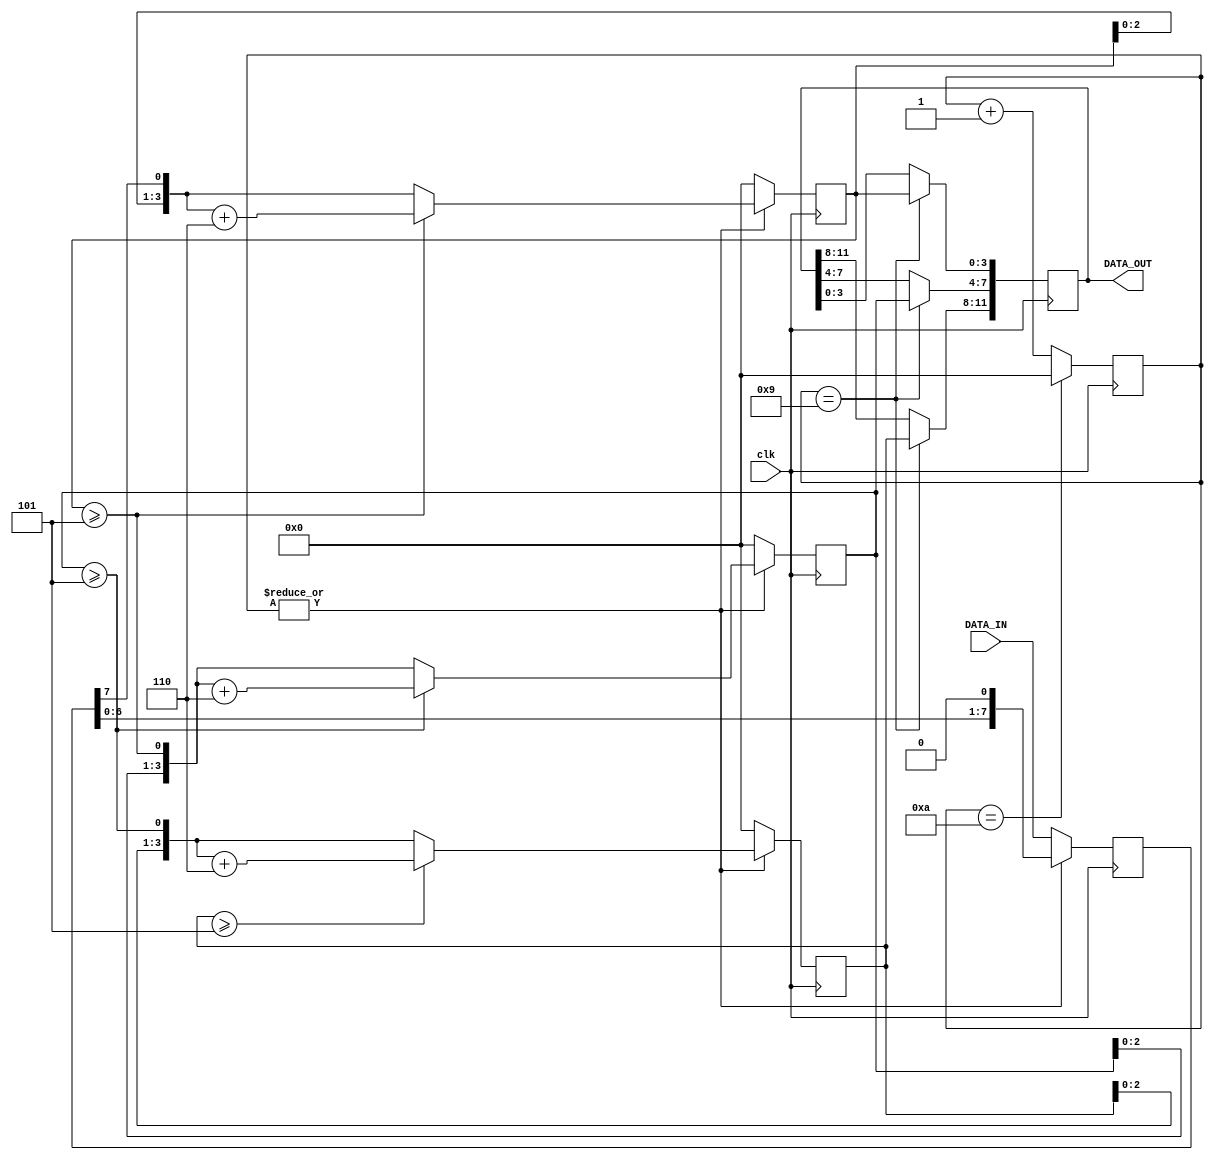
`timescale 1ns / 1ps
module BCD(clk,DATA_IN,DATA_OUT);

input              clk;
input    [7 :0]    DATA_IN;
output   [11:0]    DATA_OUT;
//++++++++++++++++++++++++++++++++++++++
//   BCD
//++++++++++++++++++++++++++++++++++++++
  reg [11:0] DATA_OUT;

  wire[2:0]  c_in;
  wire[2:0]  c_out;
  reg [3:0]  dec_sreg0;
  reg [3:0]  dec_sreg1;
  reg [3:0]  dec_sreg2;
  wire[3:0]  next_sreg0,next_sreg1,next_sreg2;
  
  reg [3:0]  bit_cnt;
  reg [7:0]  bin_sreg;
  
wire load=~|bit_cnt;//
wire convert_ready= (bit_cnt==4'h9);//
wire convert_end= (bit_cnt==4'ha);//
/********************************************************/
always @ (posedge clk)
begin
  if(convert_end) bit_cnt<=4'h0;
  else bit_cnt<=bit_cnt+4'h1; 
end
/*******************************************************/ 
always @ (posedge clk)
begin
  if(load) bin_sreg<=DATA_IN[7:0];
  else bin_sreg <={bin_sreg[6:0],1'b0};
end

assign c_in[0] =bin_sreg[7];
assign c_in[1] =(dec_sreg0>=5);
assign c_in[2] =(dec_sreg1>=5);

assign c_out[0]=c_in[1];
assign c_out[1]=c_in[2];
assign c_out[2]=(dec_sreg2>=5);

//
assign next_sreg0=c_out[0]? ({dec_sreg0[2:0],c_in[0]}+4'h6):({dec_sreg0[2:0],c_in[0]});
assign next_sreg1=c_out[1]? ({dec_sreg1[2:0],c_in[1]}+4'h6):({dec_sreg1[2:0],c_in[1]});
assign next_sreg2=c_out[2]? ({dec_sreg2[2:0],c_in[2]}+4'h6):({dec_sreg2[2:0],c_in[2]});


//
/********************************************************************/
always @ (posedge clk)
begin
  if(load) 
    begin 
      dec_sreg0<=4'h0;
      dec_sreg1<=4'h0;
      dec_sreg2<=4'h0;
    end     
  else  
    begin
      dec_sreg0<=next_sreg0;
      dec_sreg1<=next_sreg1;
      dec_sreg2<=next_sreg2;
    end
end

//
/*******************************************************************/

always @ (posedge clk)
begin
  if(convert_ready) 
    begin 
      DATA_OUT[3:0]<=dec_sreg0;
      DATA_OUT[7:4]<=dec_sreg1;
      DATA_OUT[11:8]<=dec_sreg2;
    end     
end
//--------------------------------------
//  
//--------------------------------------

endmodule